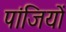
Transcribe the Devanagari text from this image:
पांजियों